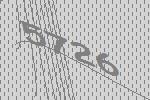
5726